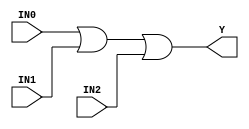
//------------------------------------------------------
// Copyright 1992, 1993 Cascade Design Automation Corporation.
//------------------------------------------------------
module stdor3(IN0,IN1,IN2,Y);
  parameter
        d_IN0_r = 0,
        d_IN0_f = 0,
        d_IN1_r = 0,
        d_IN1_f = 0,
        d_IN2_r = 0,
        d_IN2_f = 0,
        d_Y_r = 1,
        d_Y_f = 1;
  input  IN0;
  input  IN1;
  input  IN2;
  output  Y;
  wire  IN0_temp;
  wire  IN1_temp;
  wire  IN2_temp;
  reg  Y_temp;
  assign #(d_IN0_r,d_IN0_f) IN0_temp = IN0;
  assign #(d_IN1_r,d_IN1_f) IN1_temp = IN1;
  assign #(d_IN2_r,d_IN2_f) IN2_temp = IN2;
  assign #(d_Y_r,d_Y_f) Y = Y_temp;
  always
    @(IN0_temp or IN1_temp or IN2_temp)
      begin
      Y_temp = ((IN0_temp | IN1_temp) | IN2_temp);
      end
endmodule